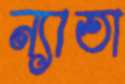
ন্যাতা